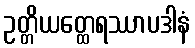
ဥတ္တိယတ္ထေရဿာပဒါနံ